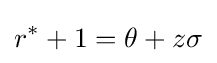
r^{*}+1=\theta +z\sigma